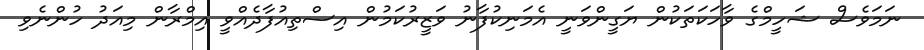
ނަމަވެސް ޝަހީމްގެ ވާހަކަތަކުން ޔަގީންވަނީ އެމަނިކުފާނު ވަޒީރުކަމުން އިސްތިއުފާދެއްވީ އިމްރާން މިއަދު ހުންނެވި